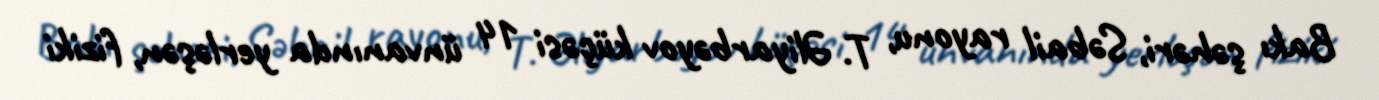
Bakı şəhəri, Səbail rayonu, T. Əliyarbəyov küçəsi 14 ünvanında yerləşən, fiziki